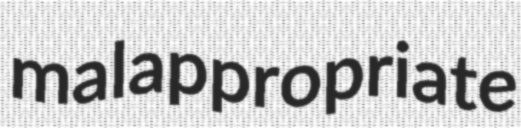
malappropriate